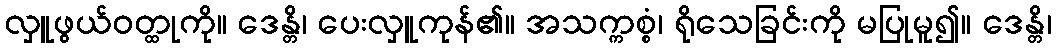
လှူဖွယ်ဝတ္ထုကို။ ဒေန္တိ၊ ပေးလှူကုန်၏။ အသက္ကစ္စံ၊ ရိုသေခြင်းကို မပြုမူ၍။ ဒေန္တိ၊